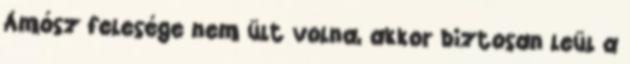
Ámósz felesége nem ült volna, akkor biztosan leül a